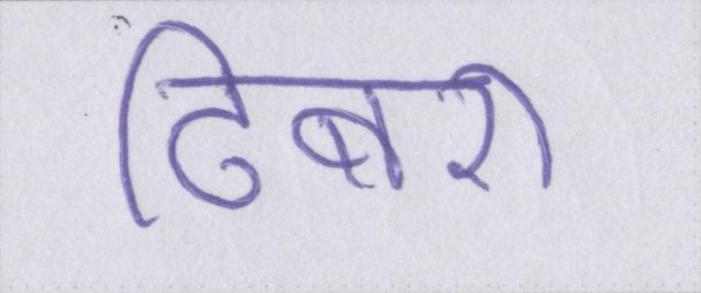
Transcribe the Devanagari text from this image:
ढिबरी